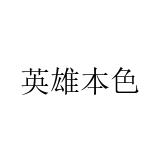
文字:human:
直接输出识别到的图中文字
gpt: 英雄本色